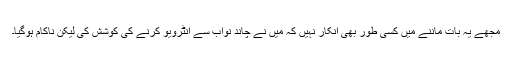
مجھے یہ بات ماننے میں کسی طور بھی انکار نہیں کہ میں نے چاند نواب سے انٹرویو کرنے کی کوشش کی لیکن ناکام ہوگیا۔